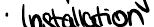
Installation